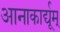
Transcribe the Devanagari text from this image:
आनाकार्द्यूम्